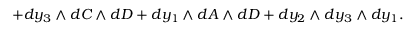
+ d y _ { 3 } \wedge d C \wedge d D + d y _ { 1 } \wedge d A \wedge d D + d y _ { 2 } \wedge d y _ { 3 } \wedge d y _ { 1 } .